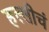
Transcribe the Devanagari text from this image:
हल्लीचं